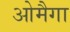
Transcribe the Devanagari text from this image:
ओमैगा